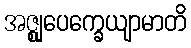
အဇ္ဈုပေက္ခေယျာမာတိ